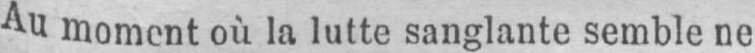
Au moment où la lutte sanglante semble ne